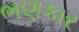
ભણકાર